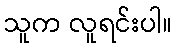
သူက လူရင်းပါ။